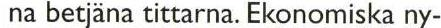
 na betjäna tittarna. Ekonomiska ny-